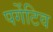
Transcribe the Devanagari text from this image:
पर्गेटिव